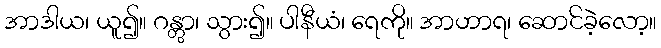
အာဒါယ၊ ယူ၍။ ဂန္တွာ၊ သွား၍။ ပါနီယံ၊ ရေကို။ အာဟာရ၊ ဆောင်ခဲ့လော့။